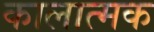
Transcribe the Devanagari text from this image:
कालात्मक